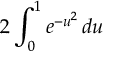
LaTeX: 2 \int _ { 0 } ^ { 1 } e ^ { - u ^ { 2 } } \, d u